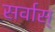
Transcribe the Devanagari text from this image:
सर्वास्‌